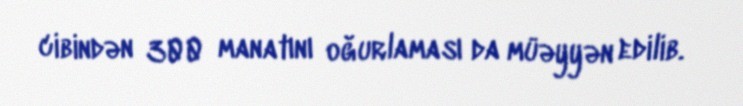
cibindən 300 manatını oğurlaması da müəyyən edilib.